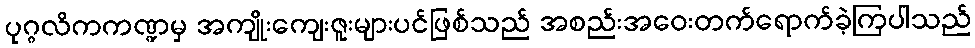
ပုဂ္ဂလိကကဏ္ဍမှ အကျိုးကျေးဇူးများပင်ဖြစ်သည် အစည်းအဝေးတက်ရောက်ခဲ့ကြပါသည်